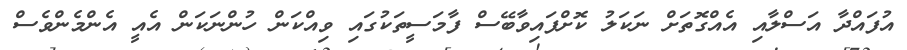
އުފައްދާ އަސްލާއި އެއްގޮތަށް ނަކަލު ކޮށްފައިވާބޭސް ފާމަސީތަކުގައި ވިއްކަން ހުންނަކަން އެއީ އެންމެންވެސް